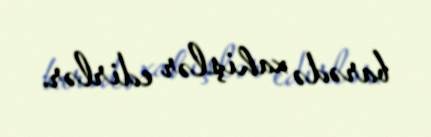
barədə xahişlər edirlər.